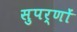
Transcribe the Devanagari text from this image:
सुपर्णों